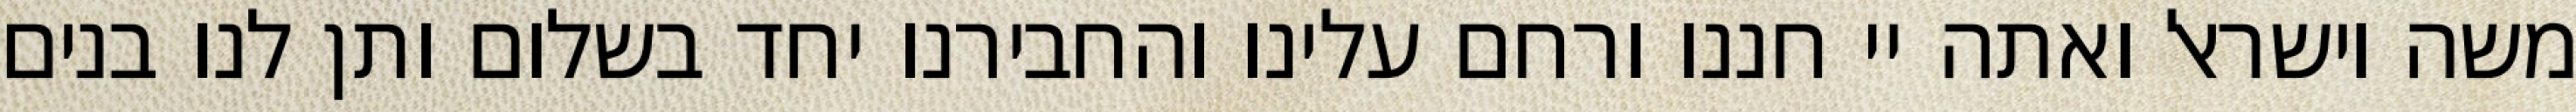
משה וישראל ואתה יי חננו ורחם עלינו והחבירנו יחד בשלום ותן לנו בנים